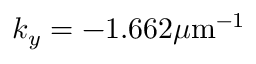
k _ { y } = - 1 . 6 6 2 \mu \mathrm { m } ^ { - 1 }